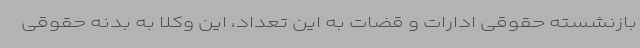
بازنشسته حقوقی ادارات و قضات به این تعداد، این وکلا به بدنه حقوقی